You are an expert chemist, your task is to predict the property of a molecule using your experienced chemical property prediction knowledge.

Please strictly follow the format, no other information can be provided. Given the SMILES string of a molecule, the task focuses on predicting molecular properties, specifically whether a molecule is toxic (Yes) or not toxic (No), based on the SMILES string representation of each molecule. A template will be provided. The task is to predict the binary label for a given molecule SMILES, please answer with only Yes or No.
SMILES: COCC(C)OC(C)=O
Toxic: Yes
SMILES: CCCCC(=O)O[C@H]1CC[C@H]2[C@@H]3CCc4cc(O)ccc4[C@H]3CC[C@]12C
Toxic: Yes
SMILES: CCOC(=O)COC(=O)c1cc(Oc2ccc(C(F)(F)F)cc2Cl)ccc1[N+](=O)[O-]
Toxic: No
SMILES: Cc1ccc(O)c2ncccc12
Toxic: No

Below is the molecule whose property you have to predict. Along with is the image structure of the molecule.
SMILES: O=C(COc1ccc(Cl)cc1)OCCNC12CC3CC(CC(C3)C1)C2
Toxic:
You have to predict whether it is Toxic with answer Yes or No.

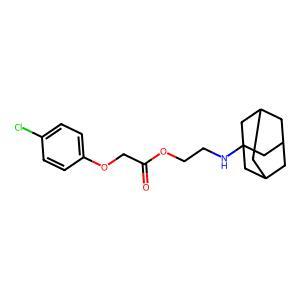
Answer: No